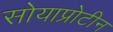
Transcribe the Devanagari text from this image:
सोयाप्रोटीन